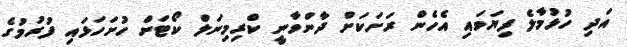
އަދި ހުޅުމާލެ ފިޔަވައި އެހެން ރަށަކަށް ދާންވާނީ ކްރިމިނަލް ކޯޓަށް ހުށަހަޅައި ފުރުމުގެ